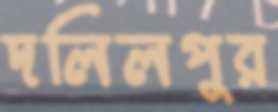
দলিলপুর